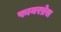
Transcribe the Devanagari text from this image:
फायरब्रेस